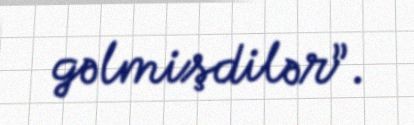
gəlmişdilər”.